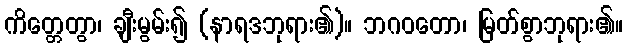
ကိတ္တေတွာ၊ ချီးမွမ်း၍ (နာရဒဘုရား၏)။ ဘဂဝတော၊ မြတ်စွာဘုရား၏။